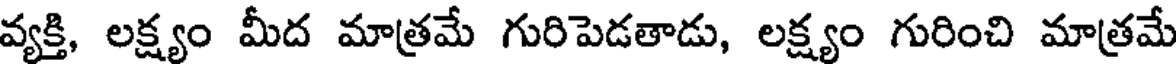
వ్యక్తి, లక్ష్యం మీద మాత్రమే గురిపెడతాడు, లక్ష్యం గురించి మాత్రమే